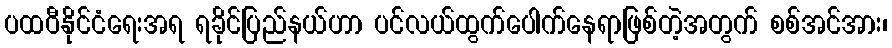
ပထဝီနိုင်ငံရေးအရ ရခိုင်ပြည်နယ်ဟာ ပင်လယ်ထွက်ပေါက်နေရာဖြစ်တဲ့အတွက် စစ်အင်အား၊